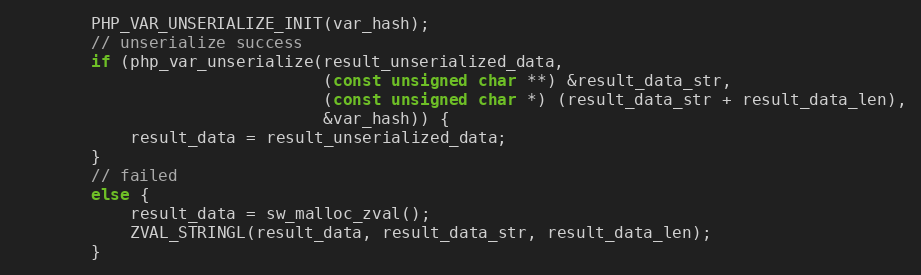
Language: C++
        PHP_VAR_UNSERIALIZE_INIT(var_hash);
        // unserialize success
        if (php_var_unserialize(result_unserialized_data,
                                (const unsigned char **) &result_data_str,
                                (const unsigned char *) (result_data_str + result_data_len),
                                &var_hash)) {
            result_data = result_unserialized_data;
        }
        // failed
        else {
            result_data = sw_malloc_zval();
            ZVAL_STRINGL(result_data, result_data_str, result_data_len);
        }